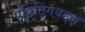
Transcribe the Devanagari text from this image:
एडिटिंगबद्दल